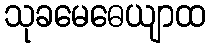
သုခမေဓေယျာထ